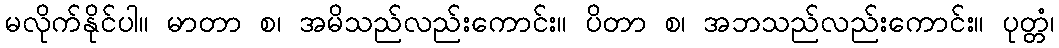
မလိုက်နိုင်ပါ။ မာတာ စ၊ အမိသည်လည်းကောင်း။ ပိတာ စ၊ အဘသည်လည်းကောင်း။ ပုတ္တံ၊